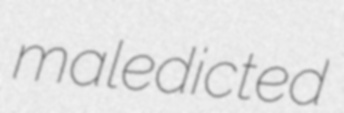
maledicted